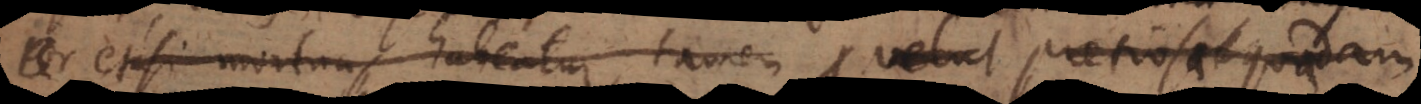
etsi mortua habeatur, tamen velut pretiosa quadam